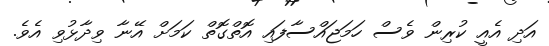
އަދި އެއީ ކުރިން ވެސް ހަމަޖައްސާފައި އޮތްގޮތް ކަމަށް އޭނާ ވިދާޅުވި އެވެ.